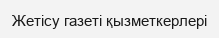
Жетісу газеті қызметкерлері